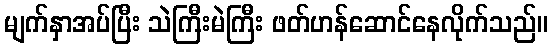
မျက်နှာအပ်ပြီး သဲကြီးမဲကြီး ဖတ်ဟန်ဆောင်နေလိုက်သည်။